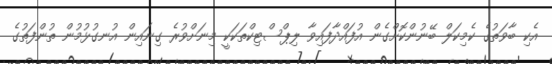
އެކި ބާވަތުގެ ކެމިކަލް ބޭނުންކޮށްގެން އުފައްދާފައިވާ ލިޕްސްޓިކްތަކަކީ މިނަށްވުރެ ގިނައިން އުނގުޅުމުން ތުންފަތުގެ